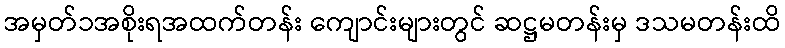
အမှတ်၁အစိုးရအထက်တန်း ကျောင်းများတွင် ဆဋ္ဌမတန်းမှ ဒသမတန်းထိ